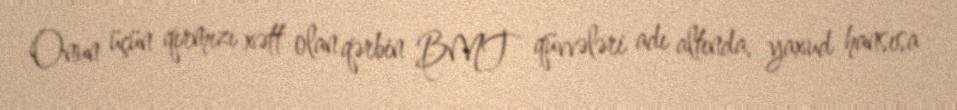
Onun üçün qırmızı xətt olan qərbin BMT qüvvələri adı altında, yaxud hansısa